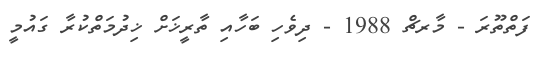
ފަތްތޫރަ - މާރޗް 1988 - ދިވެހި ބަހާއި ތާރީޚަށް ޚިދުމަތްކުރާ ގައުމީ